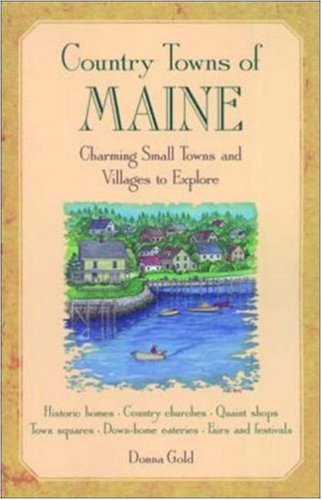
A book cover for Country Towns of Maine; D. Gold; Travel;